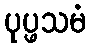
ပုပ္ဖသမံ